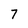
Character: 7